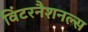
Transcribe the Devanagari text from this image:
विंटरनैशनल्स